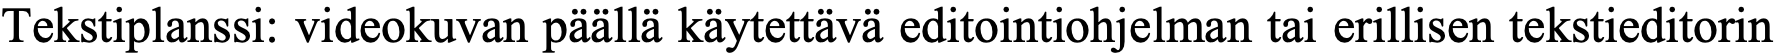
Tekstiplanssi: videokuvan päällä käytettävä editointiohjelman tai erillisen tekstieditorin